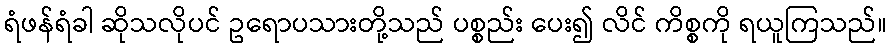
ရံဖန်ရံခါ ဆိုသလိုပင် ဥရောပသားတို့သည် ပစ္စည်း ပေး၍ လိင် ကိစ္စကို ရယူကြသည်။